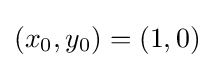
(x_{0},y_{0})=(1,0)